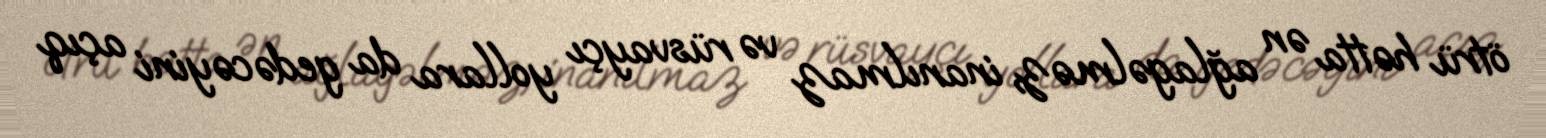
ötrü hətta ən ağlagəlməz, inanılmaz və rüsvayçı yollara da gedəcəyini açıq